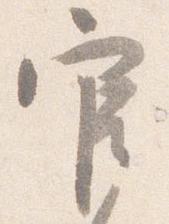
官